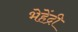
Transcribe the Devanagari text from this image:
भेहेंद्री